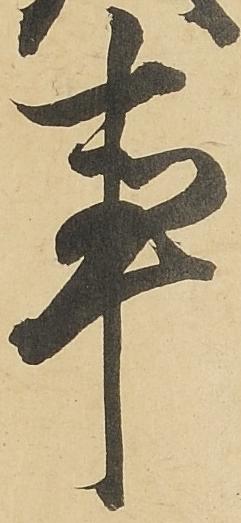
事